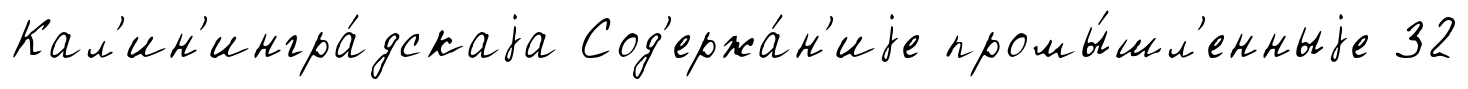
Кал'ин'ингра́дскаjа Сод'ержа́н'иjе промы́шл'енныjе 32